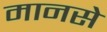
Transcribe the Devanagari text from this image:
मानसे